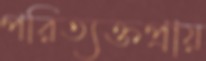
পরিত্যক্তপ্রায়